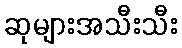
ဆုများအသီးသီး